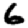
Digit: 6